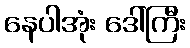
နေပါအုံး ဒေါ်ကြီး